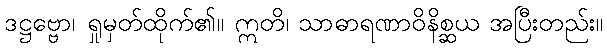
ဒဋ္ဌဗ္ဗော၊ ရှုမှတ်ထိုက်၏။ ဣတိ၊ သာဓာရဏာဝိနိစ္ဆယ အပြီးတည်း။